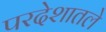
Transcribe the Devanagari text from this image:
परदेशातले